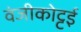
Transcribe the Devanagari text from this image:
वंजीकोट्टई